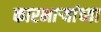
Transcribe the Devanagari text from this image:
कारभार्‍यांच्या